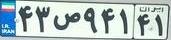
۴۳ص۹۴۱۴۱